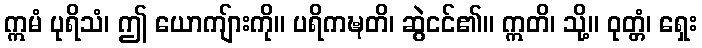
ဣမံ ပုရိသံ၊ ဤ ယောကျ်ားကို။ ပရိကဍ္ဎတိ၊ ဆွဲငင်၏။ ဣတိ၊ သို့။ ဝုတ္တံ၊ ရှေး